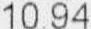
10.94